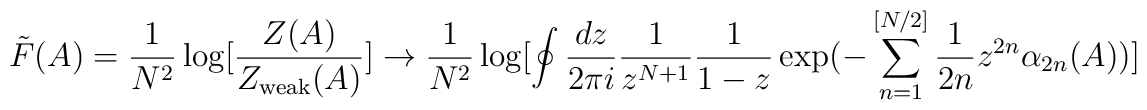
\tilde{F}(A)=\frac{1}{N^2} \log [\frac{Z(A)}{Z_{{\rm weak}}(A)}] \to\frac{1}{N^2} \log [ \oint \frac{ dz }{2\pi i}     \frac{1}{z^{N+1}}     \frac{1}{1-z} \exp(-\sum_{n=1}^{[N/2]} \frac{1}{2n} z^{2n}     \alpha_{2n}(A) ) ]